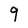
Character: 9